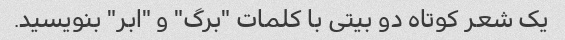
یک شعر کوتاه دو بیتی با کلمات "برگ" و "ابر" بنویسید.